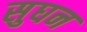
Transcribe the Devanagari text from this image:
सुघन